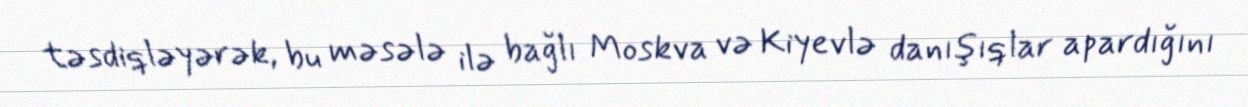
təsdiqləyərək, bu məsələ ilə bağlı Moskva və Kiyevlə danışıqlar apardığını